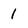
Character: 1